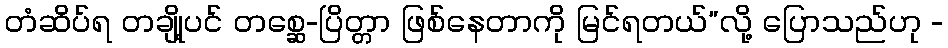
တံဆိပ်ရ တချို့ပင် တစ္ဆေ-ပြိတ္တာ ဖြစ်နေတာကို မြင်ရတယ်”လို့ ပြောသည်ဟု -